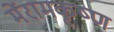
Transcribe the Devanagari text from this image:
मेंरामकृष्ण